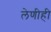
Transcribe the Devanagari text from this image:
लेणीही